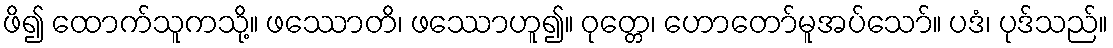
ဖိ၍ ထောက်သူကသို့။ ဖဿောတိ၊ ဖဿောဟူ၍။ ဝုတ္တေ၊ ဟောတော်မူအပ်သော်။ ပဒံ၊ ပုဒ်သည်။